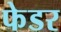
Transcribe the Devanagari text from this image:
फेडर